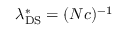
\lambda _ { \mathrm { D S } } ^ { * } = ( N c ) ^ { - 1 }